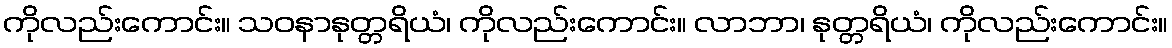
ကိုလည်းကောင်း။ သဝနာနုတ္တရိယံ၊ ကိုလည်းကောင်း။ လာဘာ၊ နုတ္တရိယံ၊ ကိုလည်းကောင်း။